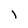
Character: l